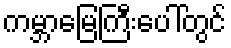
ကမ္ဘာမြေကြီးပေါ်တွင်